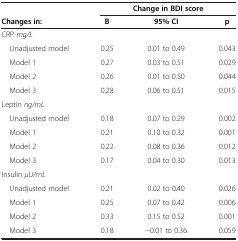
|  | <COLSPAN=3> Change in BDI score |
 | Changes in: | B | 95% CI | p |
 | --- | --- | --- | --- |
 | CRP mg/L |  |  |  |
 | Unadjusted model | 0.25 | 0.01 to 0.49 | 0.043 |
 | Model 1 | 0.27 | 0.03 to 0.51 | 0.029 |
 | Model 2 | 0.26 | 0.01 to 0.50 | 0.044 |
 | Model 3 | 0.28 | 0.06 to 0.51 | 0.015 |
 | Leptin ng/mL |  |  |  |
 | Unadjusted model | 0.18 | 0.07 to 0.29 | 0.002 |
 | Model 1 | 0.21 | 0.10 to 0.32 | 0.001 |
 | Model 2 | 0.22 | 0.08 to 0.36 | 0.012 |
 | Model 3 | 0.17 | 0.04 to 0.30 | 0.013 |
 | Insulin μU/mL |  |  |  |
 | Unadjusted model | 0.21 | 0.02 to 0.40 | 0.026 |
 | Model 1 | 0.25 | 0.07 to 0.42 | 0.006 |
 | Model 2 | 0.33 | 0.15 to 0.52 | 0.001 |
 | Model 3 | 0.18 | −0.01 to 0.36 | 0.059 |